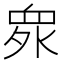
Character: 𱲻